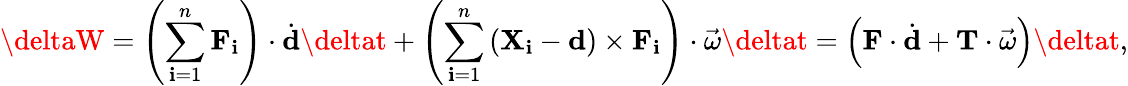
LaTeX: \deltaW=\left(\sum_{\mathbf{i}=1}^{n}\mathbf{{F}}_{\mathbf{i}}\right)\cdot{\dot{{\mathbf{{d}}}}}\deltat+\left(\sum_{\mathbf{i}=1}^{n}\left(\mathbf{{X}}_{\mathbf{i}}-\mathbf{{d}}\right)\times\mathbf{{F}}_{\mathbf{i}}\right)\cdot{\vec{{\omega}}}\deltat=\left(\mathbf{{F}}\cdot{\dot{{\mathbf{{d}}}}}+\mathbf{{T}}\cdot{\vec{{\omega}}}\right)\deltat,